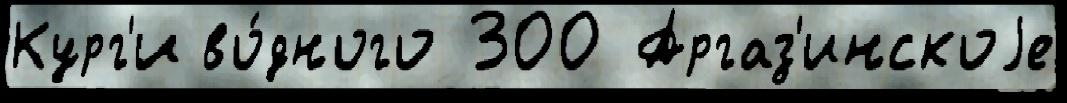
Кург'и во́дного 300 Аргаз'инскоjе